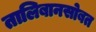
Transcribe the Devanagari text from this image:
तालिबानसोबत